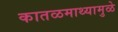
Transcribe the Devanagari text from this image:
कातळमाथ्यामुळे